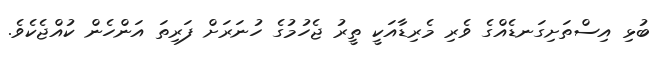
ބުޅި އިސްތަށިގަނޑެއްގެ ވެރި މެރިޑާއަކީ ތީރު ޖެހުމުގެ ހުނަރަށް ފަރިތަ އަންހެން ކުއްޖެކެވެ.